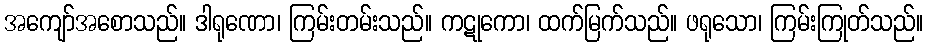
အကျော်အစောသည်။ ဒါရုဏော၊ ကြမ်းတမ်းသည်။ ကဋုကော၊ ထက်မြက်သည်။ ဖရုသော၊ ကြမ်းကြုတ်သည်။